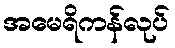
အမေရိကန်လုပ်